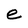
Character: e